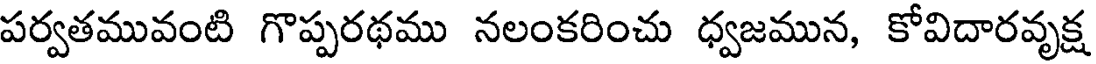
పర్వతమువంటి గొప్పరథము నలంకరించు ధ్వజమున, కోవిదారవృక్ష